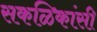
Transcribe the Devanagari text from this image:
सकळिकांसी